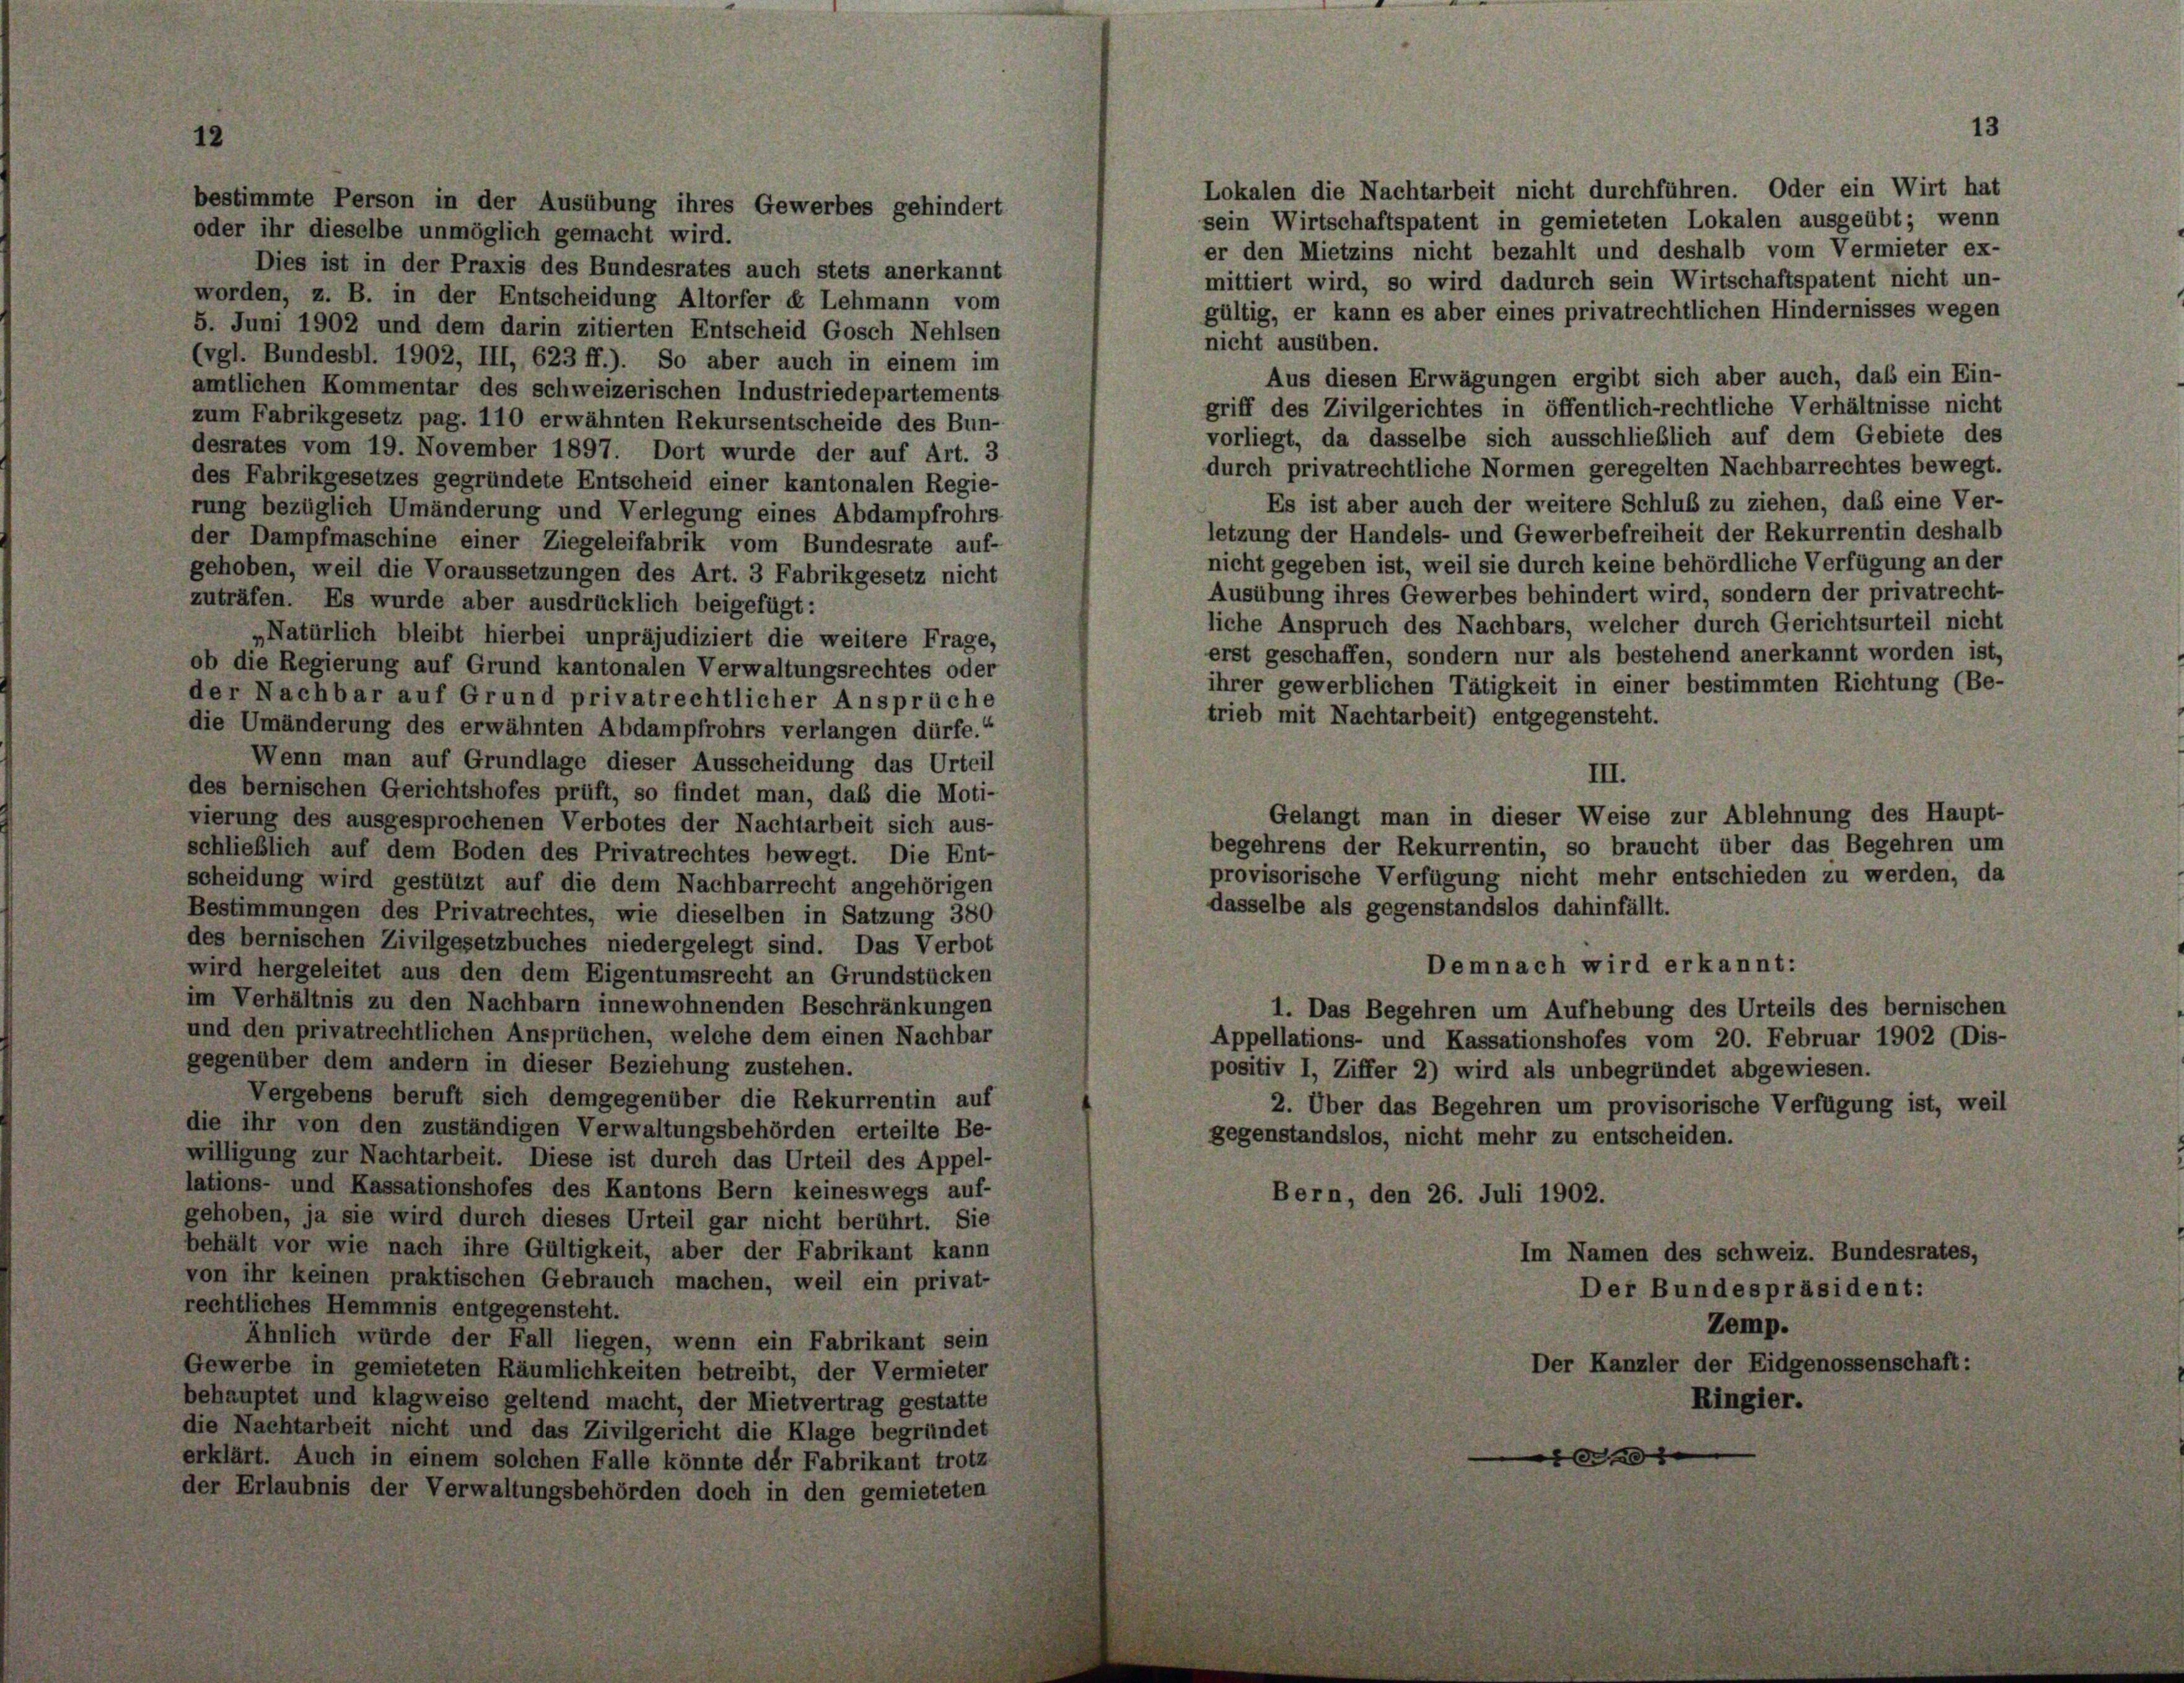
Lokalen die Nachtarbeit nicht durchführen. Oder ein Wirt hat
bestimmte Person in der Ausübung ihres Gewerbes gehindert
sein Wirtschaftspatent in gemieteten Lokalen ausgeübt; wenn
oder ihr dieselbe unmöglich gemacht wird.
er den Mietzins nicht bezahlt und deshalb vom Vermieter ex-
Dies ist in der Praxis des Bundesrates auch stets anerkannt
mittiert wird, so wird dadurch sein Wirtschaftspatent nicht un-
worden, z. B. in der Entscheidung Altorfer u Lehmann vom
gültig, er kann es aber eines privatrechtlichen Hindernisses wegen
5. Juni 1902 und dem darin zitierten Entscheid Gosch Nehlsen
nicht ausüben.
(vgl. Bundesbl. 1902, III, 623 ff.). So aber auch in einem im
Aus diesen Erwägungen ergibt sich aber auch, daß ein Ein-
amtlichen Kommentar des schweizerischen Industriedepartements
griff des Zivilgerichtes in öffentlich-rechtliche Verhältnisse nicht
zum Fabrikgesetz pag. 110 erwähnten Rekursentscheide des Bun-
vorliegt, da dasselbe sich ausschließlich auf dem Gebiete des
desrates vom 19. November 1897. Dort wurde der auf Art. 3
durch privatrechtliche Normen geregelten Nachbarrechtes bewegt.
des Fabrikgesetzes gegründete Entscheid einer kantonalen Regie-
Es ist aber auch der weitere Schluß zu ziehen, daß eine Ver-
rung bezüglich Umänderung und Verlegung eines Abdampfrohrs
letzung der Handels- und Gewerbefreiheit der Rekurrentin deshalb
der Dampfmaschine einer Ziegeleifabrik vom Bundesrate auf-
nicht gegeben ist, weil sie durch keine behördliche Verfügung an der
gehoben, weil die Voraussetzungen des Art. 3 Fabrikgesetz nicht
Ausübung ihres Gewerbes behindert wird, sondern der privatrecht-
zuträfen. Es wurde aber ausdrücklich beigefügt:
liche Anspruch des Nachbars, welcher durch Gerichtsurteil nicht
„Natürlich bleibt hierbei unpräjudiziert die weitere Frage,
erst geschaffen, sondern nur als bestehend anerkannt worden ist,
ob die Regierung auf Grund kantonalen Verwaltungsrechtes oder
ihrer gewerblichen Tätigkeit in einer bestimmten Richtung (Be-
der Nachbar auf Grund privatrechtlicher Ansprüche
trieb mit Nachtarbeit) entgegensteht.
die Umänderung des erwähnten Abdampfrohrs verlangen dürfe.“
Wenn man auf Grundlage dieser Ausscheidung das Urteil
III.
des bernischen Gerichtshofes prüft, so findet man, das die Moti-
Gelangt man in dieser Weise zur Ablehnung des Haupt-
vierung des ausgesprochenen Verbotes der Nachtarbeit sich aus-
begehrens der Rekurrentin, so braucht über das Begehren um
schließlich auf dem Boden des Privatrechtes bewegt. Die Ent-
provisorische Verfügung nicht mehr entschieden zu werden, da
scheidung wird gestützt auf die dem Nachbarrecht angehörigen
dasselbe als gegenstandslos dahinfällt.
Bestimmungen des Privatrechtes, wie dieselben in Satzung 380
des bernischen Zivilgesetzbuches niedergelegt sind. Das Verbot
Demnach wird erkannt:
wird hergeleitet aus den dem Eigentumsrecht an Grundstücken
im Verhältnis zu den Nachbarn innewohnenden Beschränkungen
1. Das Begehren um Aufhebung des Urteils des bernischen
und den privatrechtlichen Ansprüchen, welche dem einen Nachbar
Appellations- und Kassationshofes vom 20. Februar 1902 (Dis-
gegenüber dem andern in dieser Beziehung zustehen.
positiv I, Ziffer 2) wird als unbegründet abgewiesen.
Vergebens beruft sich demgegenüber die Rekurrentin auf
2. Über das Begehren um provisorische Verfügung ist, weil
die ihr von den zuständigen Verwaltungsbehörden erteilte Be-
gegenstandslos, nicht mehr zu entscheiden.
willigung zur Nachtarbeit. Diese ist durch das Urteil des Appel-
ations- und Kassationshofes des Kantons Bern keineswegs auf-
Bern, den 26. Juli 1902.
gehoben, ja sie wird durch dieses Urteil gar nicht berührt. Sie
behält vor wie nach ihre Gültigkeit, aber der Fabrikant kann
Im Namen des schweiz. Bundesrates,
von ihr keinen praktischen Gebrauch machen, weil ein privat-
Der Bundespräsident:
rechtliches Hemmnis entgegensteht.
Zemp.
Ähnlich würde der Fall liegen, wenn ein Fabrikant sein
Der Kanzler der Eidgenossenschaft:
Gewerbe in gemieteten Räumlichkeiten betreibt, der Vermieter
behauptet und klagweise geltend macht, der Mietvertrag gestatte
Ringier.
die Nachtarbeit nicht und das Zivilgericht die Klage begründet
t
erklärt. Auch in einem solchen Falle könnte der Fabrikant trotz
der Erlaubnis der Verwaltungsbehörden doch in den gemieteten